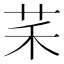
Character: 䒩